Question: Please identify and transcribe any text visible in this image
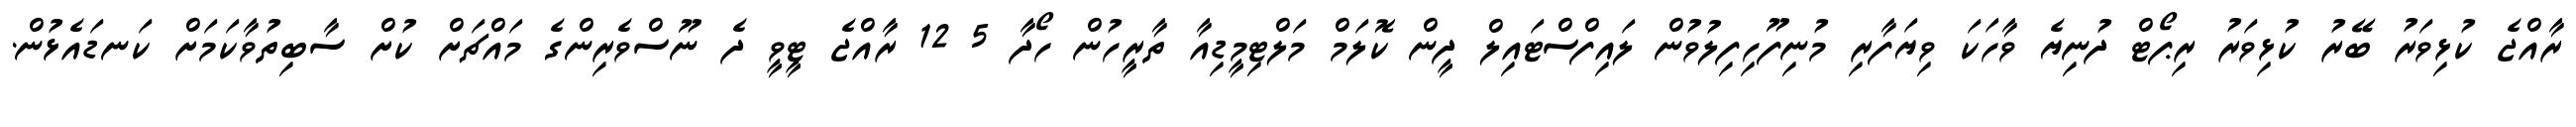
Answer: ރާއްޖެ ކުޅިވަރު ބޭރު ކުޅިވަރު ރިޕޯޓް ދުނިޔެ ވާހަކަ ވިޔަފާރި މުނިފޫހިފިލުވުން ލައިފްސްޓައިލް ދީން ކޮލަމް މަލްޓިމީޑިއާ ތާރީހުން ހޯދާ 5 12 ރާއްޖެ ޓީވީ ދެ ނޫސްވެރިންގެ މައްޗަށް ކުށް ސާބިތުވާކަމަށް ކަނޑައެޅުން.